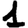
Digit: 1